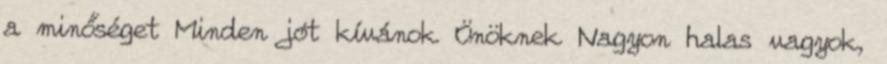
a minőséget Minden jót kívánok Önöknek Nagyon halas vagyok,